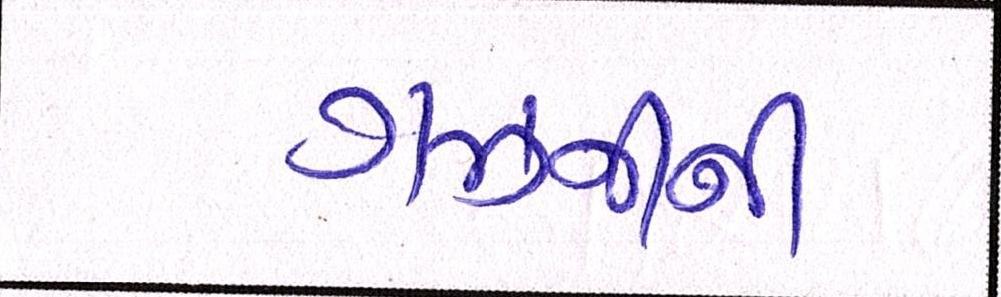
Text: ગઝનીની